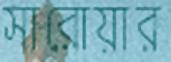
সারোয়ার